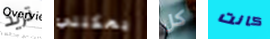
تريد يمكنني كل كانت